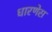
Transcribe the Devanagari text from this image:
धारणेस